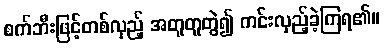
စက်ဘီးဖြင့်တစ်လှည့် အတူတူတွဲ၍ ကင်းလှည့်ခဲ့ကြရ၏။